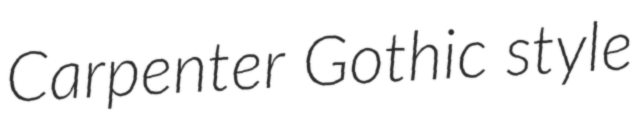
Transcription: Carpenter Gothic style